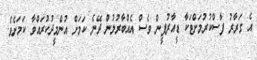
އެ ގަރާރު ފާސްކުރުމަށްޓަކާ ޑީއާރުޕީން ވެސް އެއްބާރުލުން ދޭނެ ކަމަށް އުންމީދުކުރައްވާ ކަމަށެވެ.